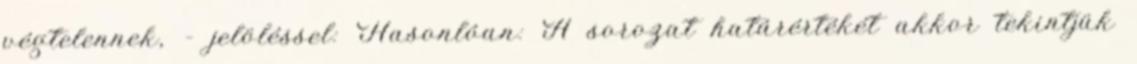
végtelennek, – jelöléssel: Hasonlóan: A sorozat határértékét akkor tekintjük